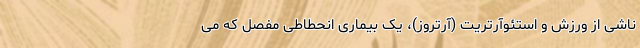
ناشی از ورزش و استئوآرتریت (آرتروز)، یک بیماری انحطاطی مفصل که می